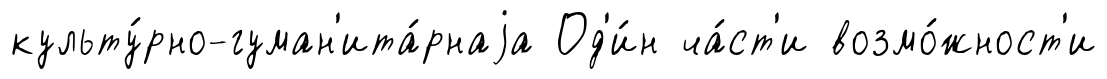
культу́рно-гуман'ита́рнаjа Од'и́н ча́ст'и возмо́жност'и